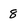
Character: 8